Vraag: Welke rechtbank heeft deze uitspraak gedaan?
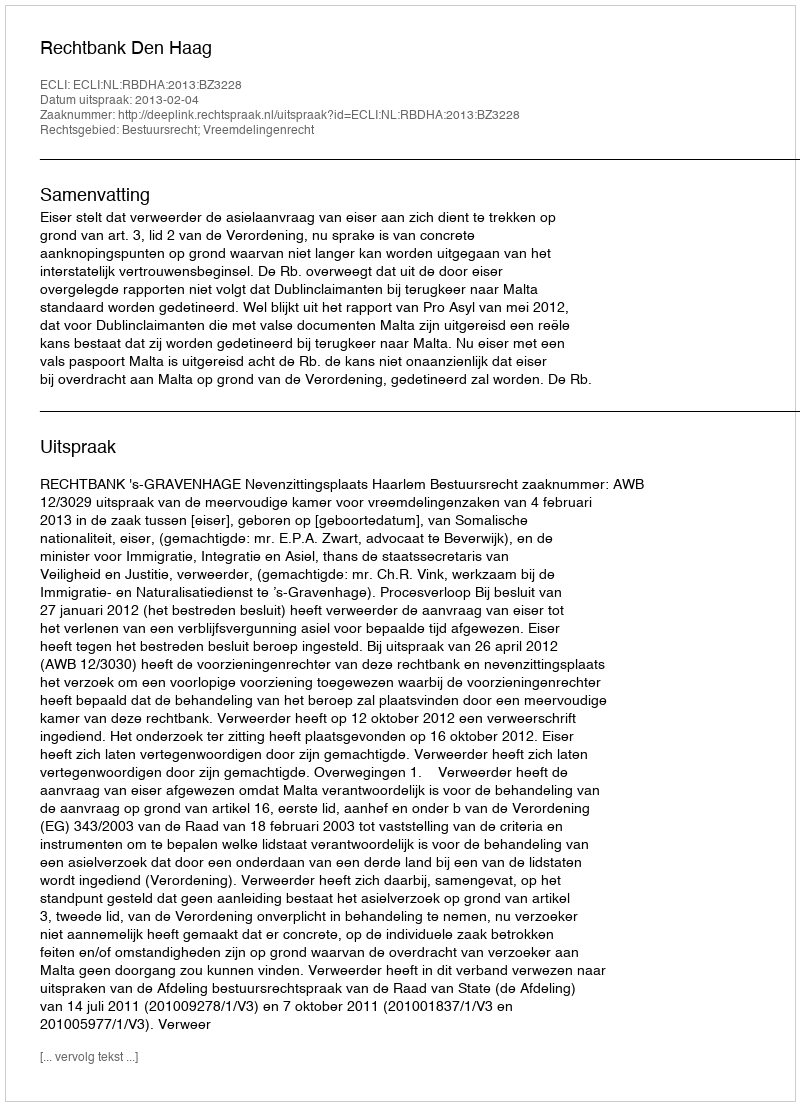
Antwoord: Rechtbank Den Haag